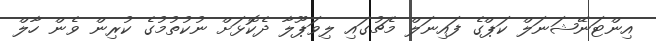
އިންޓަނޭޝަނަލް ކަޕްގެ ފައިނަލް މެޗުގައި ލިވަޕޫލާ ދެކޮޅަށް ނުކުތުމުގެ ކުރިން ވެން ހާލް